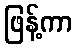
ဖြန့်ကာ